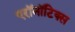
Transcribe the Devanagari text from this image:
एरॉनॉटिक्स